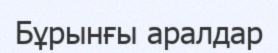
Бұрынғы аралдар